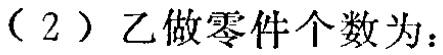
（2）乙做零件个数为：